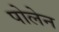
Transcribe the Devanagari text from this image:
पोलेन